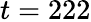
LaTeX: t=222